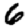
Digit: 6